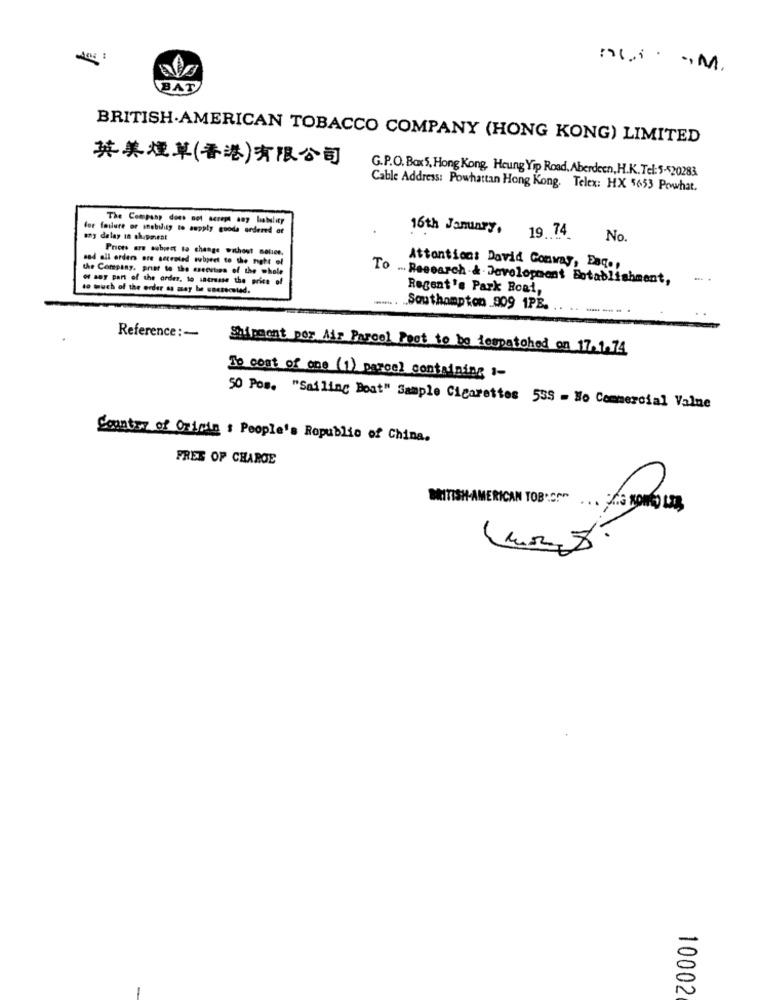
BAT
BRITISH AMERICAN TOBACCO COMPANY (HONG KONG) LIMITED
英美煙草(香港)有限公司
G.P.O. Box5, Hong Kong, Heung Yip Road, Aberdeen, H.K. Tel: 5-420283
Cable Address: Powhattan Hong Kong. Telex: HX 5653 Powhat.
The Company does not screme any liability
for failure or mobility to supply gooda ordered of
16th January.
19. 74
any delay in ah.povest
No
Prices are subject to change without notice.
and all orders ore secreted subject to the night of
the Company, print to the execution of the whole
Attention: David Conway, Eage,
To ... Research & Development Botablishment,
to much of the order as may be oneseceted.
Regent's Park Road,
Southampton _909 1PB.
---
Reference : -
Shipment por Air Parcel Fest to be despatched on 17.1.74
To cost of one (1) parcel containing 1-
50 Pos. "Sailing Boat" Sample Cigarettes 535 - No Commercial Value
Country of Origin : People's Republic of China.
FREE OF CHARGE
BRITISH-AMERICAN TOB.ON" ... . 3 KOMO LB
10002